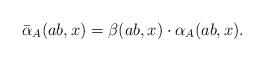
LaTeX: \begin{align*} \bar{\alpha}_A(ab, x)=\beta(ab, x) \cdot \alpha_{A}(ab, x).\end{align*}